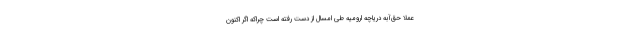
عملا حق‌آبه دریاچه ارومیه طی امسال از دست رفته است چراکه اگر اکنون